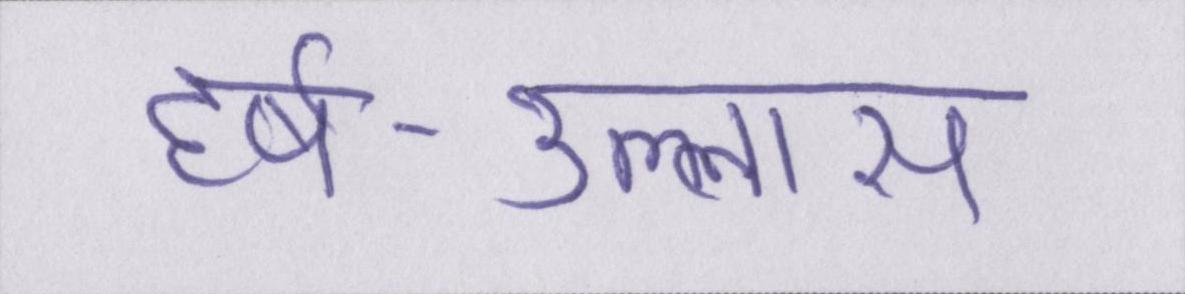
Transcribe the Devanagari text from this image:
हर्ष-उल्लास